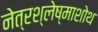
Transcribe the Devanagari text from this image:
नेत्रश्लेष्माशोथ